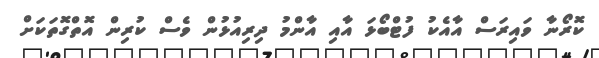
ކޮރޯނާ ވައިރަސް އާއެކު ފުޓްބޯޅަ އާއި އާންމު ދިރިއުޅުން ވެސް ކުރިން އޮތްގޮތަކަށް